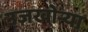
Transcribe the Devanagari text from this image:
उजखोर्‍या